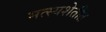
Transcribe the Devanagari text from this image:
मत्स्यशेतीत